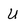
Character: U